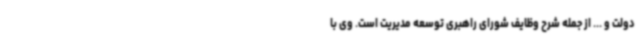
دولت و ... از جمله شرح وظایف شورای راهبری توسعه مدیریت است. وی با